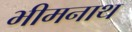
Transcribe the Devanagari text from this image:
भीमनाथ